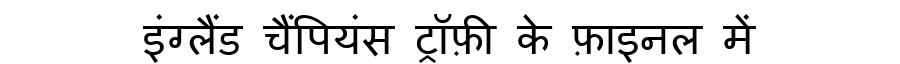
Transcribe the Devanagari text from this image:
इंग्लैंड चैंपियंस ट्रॉफ़ी के फ़ाइनल में